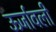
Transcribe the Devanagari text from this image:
ऊर्जावली